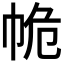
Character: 𢂕